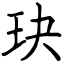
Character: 玦